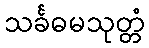
သင်္ခဓမသုတ္တံ